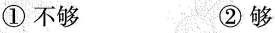
①不够 ②够